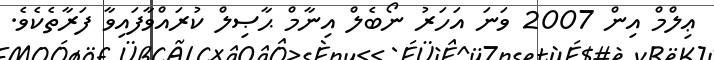
ޢިލްމް އިން 2007 ވަނަ އަހަރު ނޯބެލް އިނާމް ޙާޞިލް ކުރައްވާފައިވާ ފަރާތެކެވެ.